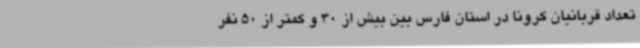
تعداد قربانیان کرونا در استان فارس بین بیش از 30 و کمتر از 50 نفر